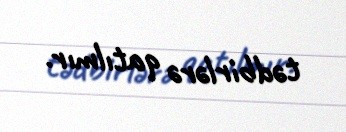
tədbirlərə qatılmır.